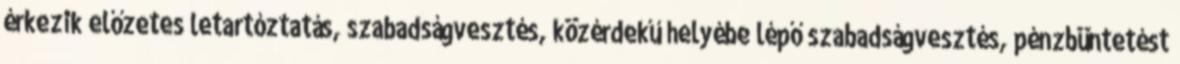
érkezik előzetes letartóztatás, szabadságvesztés, közérdekű helyébe lépő szabadságvesztés, pénzbüntetést